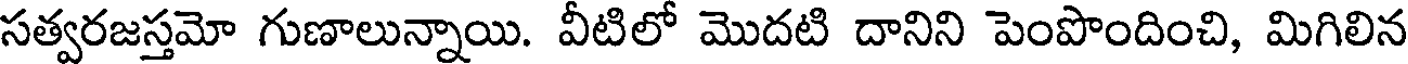
సత్వరజస్తమో గుణాలున్నాయి. వీటిలో మొదటి దానిని పెంపొందించి, మిగిలిన